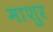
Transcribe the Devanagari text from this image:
माशुर